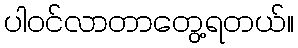
ပါဝင်လာတာတွေ့ရတယ်။